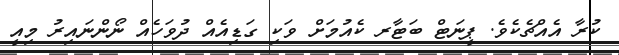
ކުރާ އެއްޗެކެވެ. ޕީނަޓް ބަޓާރ ކެއުމަށް ވަކި ގަޑިއެއް ދުވަހެއް ނޯންނައިރު މިއީ